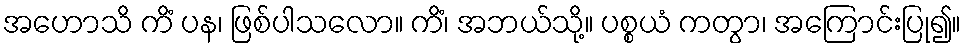
အဟောသိ ကိံ ပန၊ ဖြစ်ပါသလော။ ကိံ၊ အဘယ်သို့။ ပစ္စယံ ကတွာ၊ အကြောင်းပြု၍။